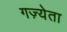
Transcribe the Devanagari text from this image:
गज़्येता